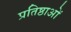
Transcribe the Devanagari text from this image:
प्रतिष्ठाओं